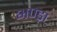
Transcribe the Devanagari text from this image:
भण्ड़ा